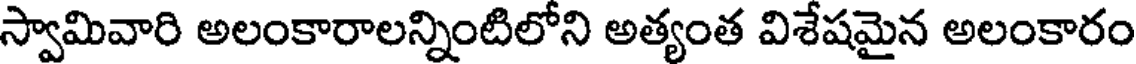
స్వామివారి అలంకారాలన్నింటిలోని అత్యంత విశేషమైన అలంకారం